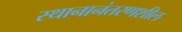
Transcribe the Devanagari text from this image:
स्थानानंतरणशील